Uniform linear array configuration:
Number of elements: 8
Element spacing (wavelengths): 0.75
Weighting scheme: binomial
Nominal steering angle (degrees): -30
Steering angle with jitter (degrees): -28.041
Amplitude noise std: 0.05
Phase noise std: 0.05

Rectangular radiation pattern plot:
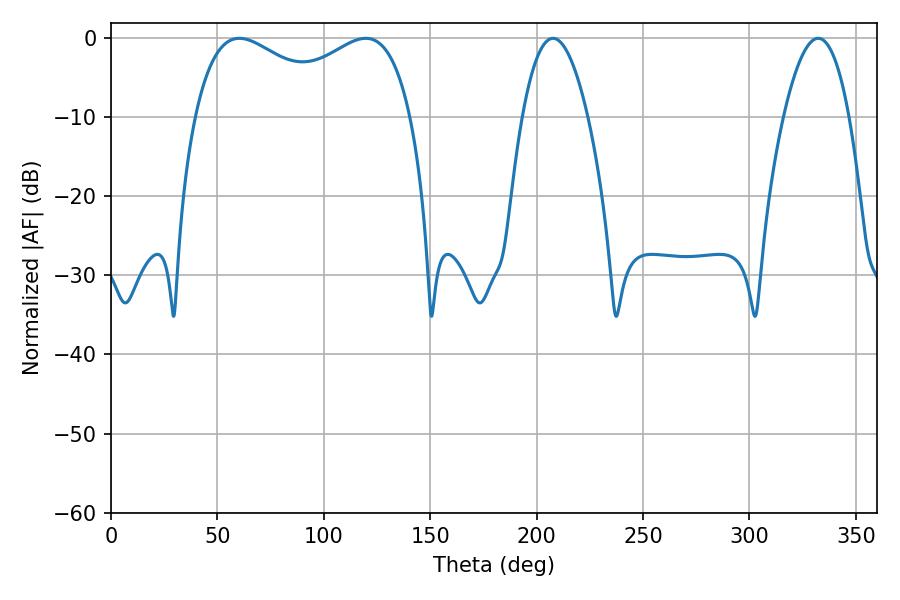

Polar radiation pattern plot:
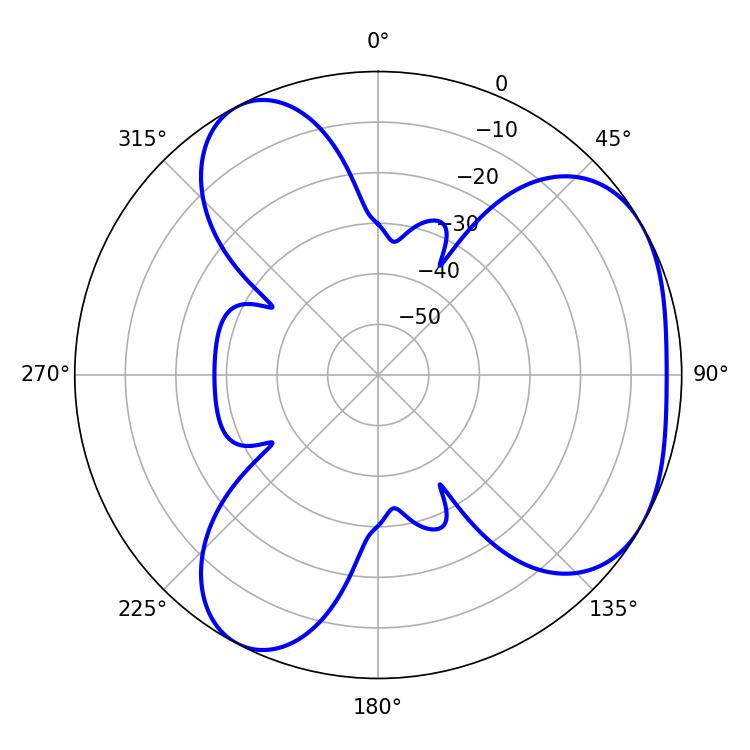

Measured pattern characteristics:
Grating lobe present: TRUE
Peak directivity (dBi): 4.187
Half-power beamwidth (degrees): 84.6
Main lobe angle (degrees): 60.3